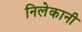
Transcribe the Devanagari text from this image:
निलेकानी